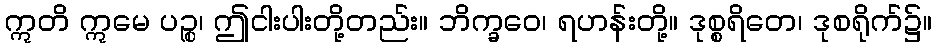
ဣတိ ဣမေ ပဉ္စ၊ ဤငါးပါးတို့တည်း။ ဘိက္ခဝေ၊ ရဟန်းတို့။ ဒုစ္စရိတေ၊ ဒုစရိုက်၌။